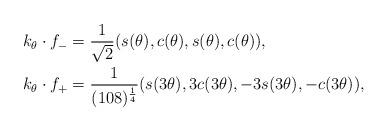
LaTeX: \begin{align*} k_\theta \cdot f_{-} &= \frac{1}{\sqrt{2}}(s(\theta), c(\theta), s(\theta), c(\theta)),\\ k_\theta \cdot f_{+} &= \frac{1}{(108)^{\frac{1}{4}}}(s(3\theta), 3c(3\theta), -3s(3\theta), -c(3\theta)),\end{align*}